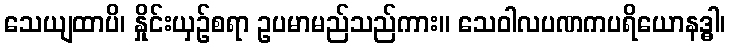
သေယျထာပိ၊ နှိုင်းယှဉ်စရာ ဥပမာမည်သည်ကား။ သေဝါလပဏကပရိယောနဒ္ဓါ၊